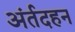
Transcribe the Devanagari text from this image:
अंर्तदहन